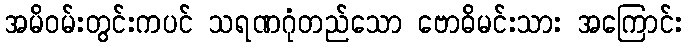
အမိဝမ်းတွင်းကပင် သရဏဂုံတည်သော ဗောဓိမင်းသား အကြောင်း